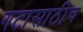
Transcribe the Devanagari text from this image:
गटासाठीच